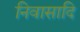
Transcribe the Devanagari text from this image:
निवासादि